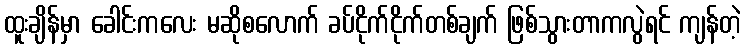
ထူးချိန်မှာ ခေါင်းကလေး မဆိုစလောက် ခပ်ငိုက်ငိုက်တစ်ချက် ဖြစ်သွားတာကလွဲရင် ကျန်တဲ့